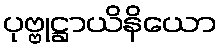
ပုဗ္ဗုဋ္ဌာယိနိယော